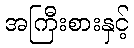
အကြီးစားနှင့်